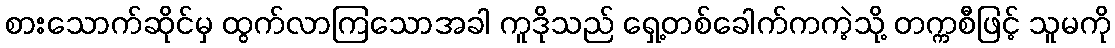
စားသောက်ဆိုင်မှ ထွက်လာကြသောအခါ ကူဒိုသည် ရှေ့တစ်ခေါက်ကကဲ့သို့ တက္ကစီဖြင့် သူမကို